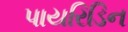
પાયરિડિન